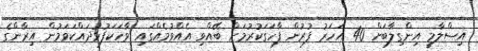
އިސްލާމީ އިންގިލާބަށް 40 އަހަރު ފުރުން ފާހަގަކުރުމަށް ބޭއްވި އެއްވުމެއްގައި ވާހަކަފުޅުދައްކަވަމުން އިރާންގެ